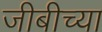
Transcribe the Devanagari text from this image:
जीबीच्या